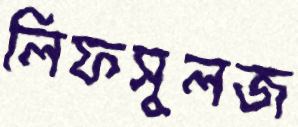
লিফসুলজ